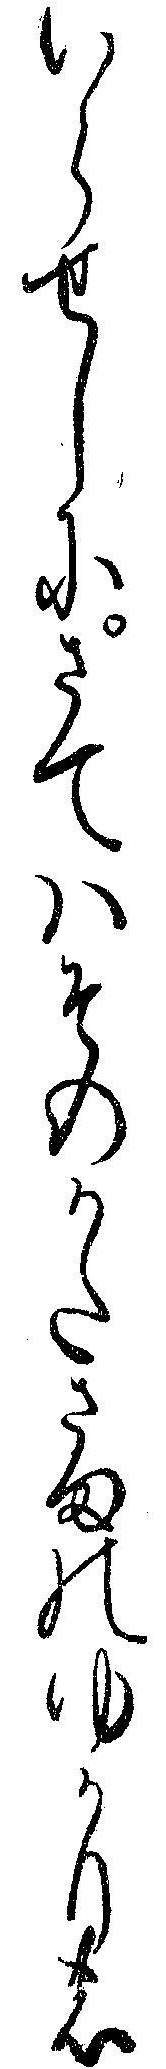
いらせしにさてハそのかたさまのゆかりの